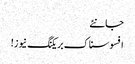
جانئے
افسوسناک بریکنگ نیوز!